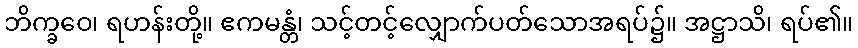
ဘိက္ခဝေ၊ ရဟန်းတို့။ ဧကမန္တံ၊ သင့်တင့်လျှောက်ပတ်သောအရပ်၌။ အဋ္ဌာသိ၊ ရပ်၏။